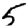
Digit: 5